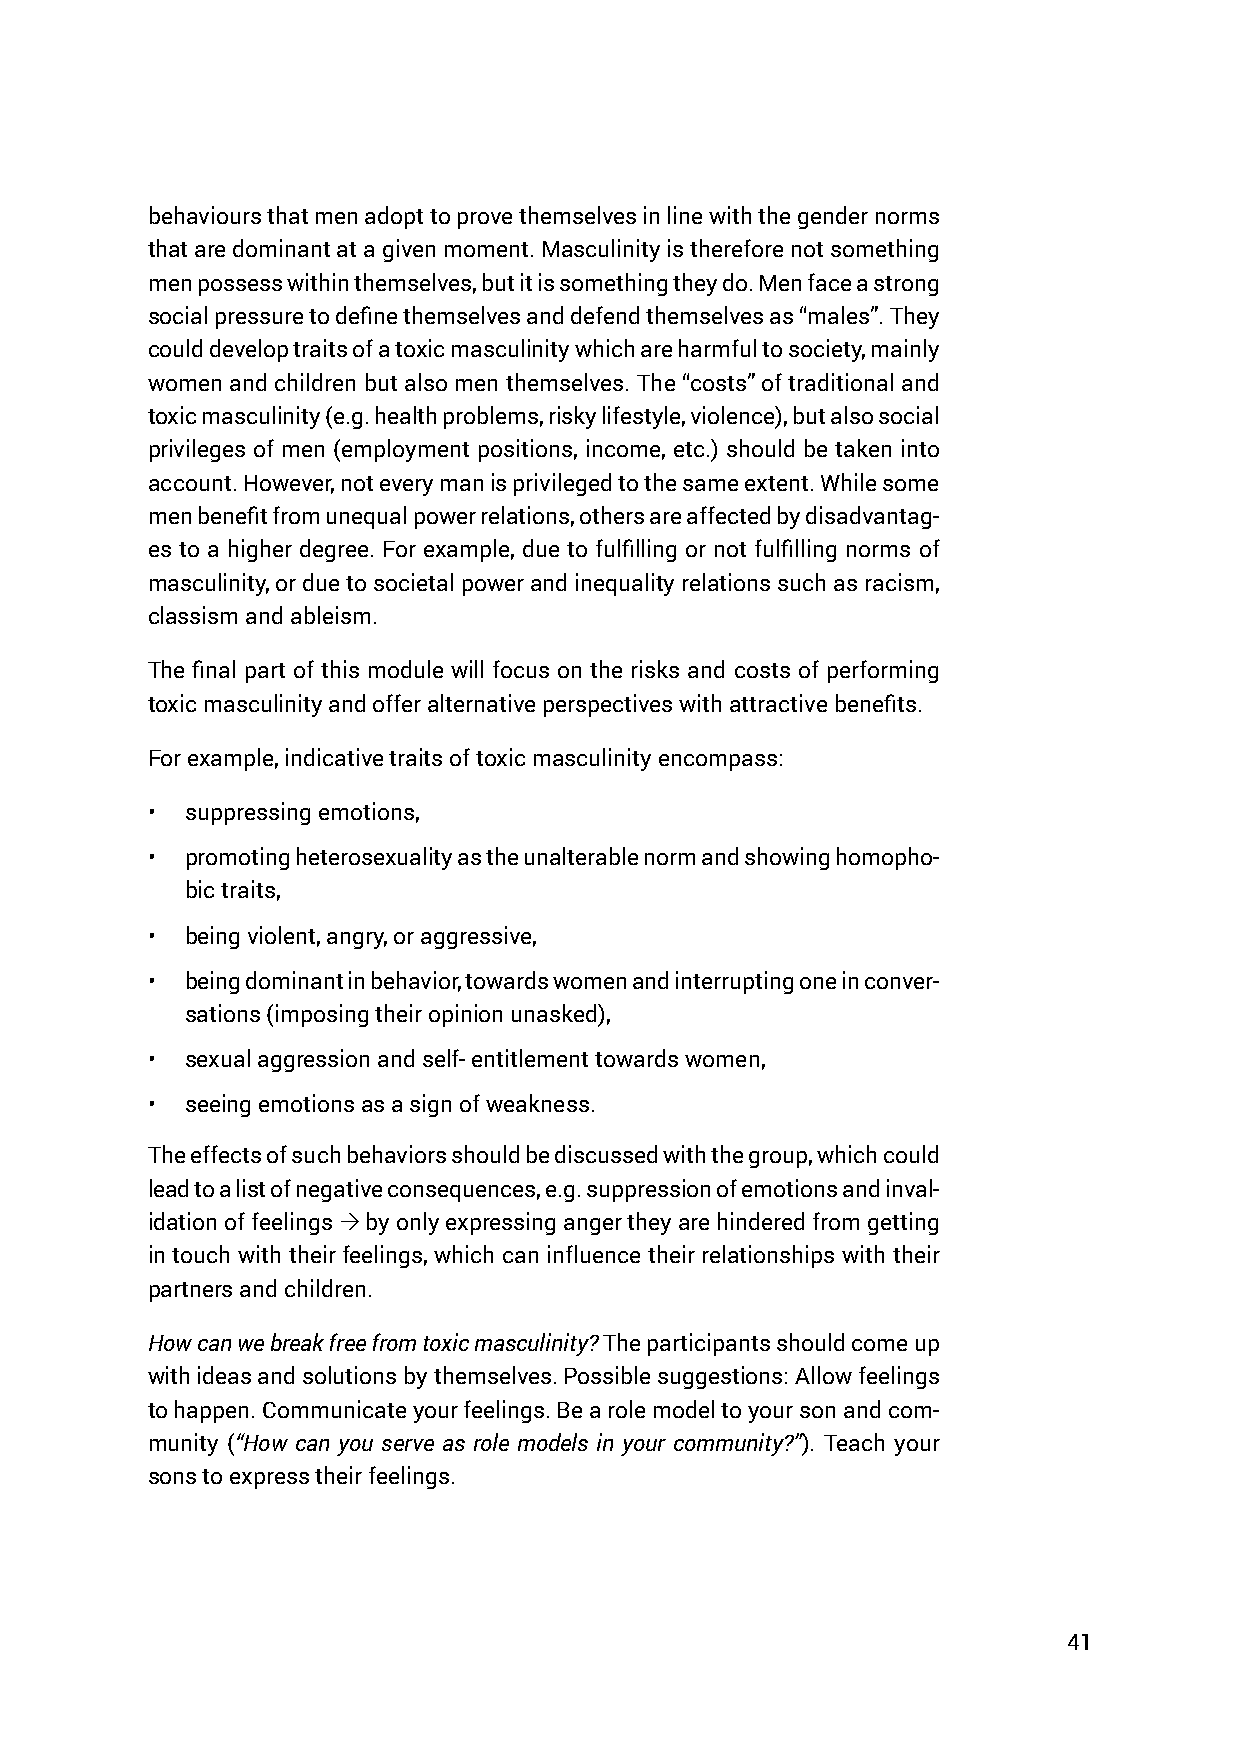
behaviours that men adopt to prove themselves in line with the gender norms
 that are dominant at a given moment. Masculinity is therefore not something
 men possess within themselves, but it is something they do. Men face a strong
 social pressure to define themselves and defend themselves as “males”. They
 could develop traits of a toxic masculinity which are harmful to society, mainly
 women and children but also men themselves. The “costs” of traditional and
 toxic masculinity (e.g. health problems, risky lifestyle, violence), but also social
 privileges of men (employment positions, income, etc.) should be taken into
 account. However, not every man is privileged to the same extent. While some
 men benefit from unequal power relations, others are affected by disadvantag-
 es to a higher degree. For example, due to fulfilling or not fulfilling norms of
 masculinity, or due to societal power and inequality relations such as racism,
 classism and ableism.
 The final part of this module will focus on the risks and costs of performing
 toxic masculinity and offer alternative perspectives with attractive benefits.
 For example, indicative traits of toxic masculinity encompass:
 • suppressing emotions,
 • promoting heterosexuality as the unalterable norm and showing homopho-
 bic traits,
 • being violent, angry, or aggressive,
 • being dominant in behavior, towards women and interrupting one in conver-
 sations (imposing their opinion unasked),
 • sexual aggression and self- entitlement towards women,
 • seeing emotions as a sign of weakness.
 The effects of such behaviors should be discussed with the group, which could
 lead to a list of negative consequences, e.g. suppression of emotions and inval-
 idation of feelings  by only expressing anger they are hindered from getting
 in touch with their feelings, which can influence their relationships with their
 partners and children.
 How can we break free from toxic masculinity? The participants should come up
 with ideas and solutions by themselves. Possible suggestions: Allow feelings
 to happen. Communicate your feelings. Be a role model to your son and com-
 munity (“How can you serve as role models in your community?”). Teach your
 sons to express their feelings.
 41